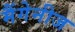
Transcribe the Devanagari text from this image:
मैंगेनीज